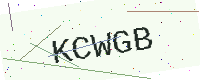
Text: KCWGB